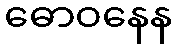
ဓောဝနေန